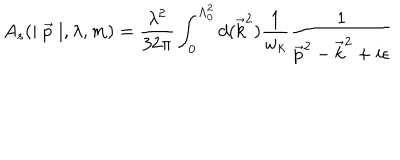
A _ { s } ( \mid \vec { p } \mid , \lambda , m ) = \frac { \lambda ^ { 2 } } { 3 2 \pi } \int _ { 0 } ^ { \Lambda _ { 0 } ^ { 2 } } d ( \vec { k } ^ { 2 } ) \frac 1 { w _ { k } } \frac 1 { \vec { p } ^ { 2 } - \vec { k } ^ { 2 } + i \epsilon }